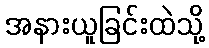
အနားယူခြင်းထဲသို့